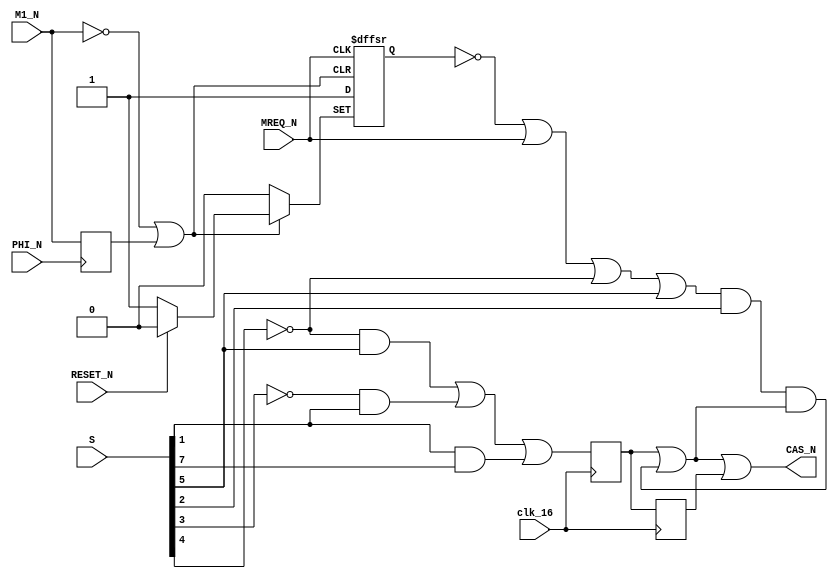
// ====================================================================
//
//  Amstrad CPC Gate Array
//  Based on 40010-simplified_V03.pdf by Gerald
//
//  Copyright (C) 2020 Gyorgy Szombathelyi <gyurco@freemail.hu>
//
//  This program is free software; you can redistribute it and/or modify it
//  under the terms of the GNU General Public License as published by the Free
//  Software Foundation; either version 2 of the License, or (at your option)
//  any later version.
//
//  This program is distributed in the hope that it will be useful, but WITHOUT
//  ANY WARRANTY; without even the implied warranty of MERCHANTABILITY or
//  FITNESS FOR A PARTICULAR PURPOSE.  See the GNU General Public License for
//  more details.
//
//  You should have received a copy of the GNU General Public License along
//  with this program; if not, write to the Free Software Foundation, Inc.,
//  51 Franklin Street, Fifth Floor, Boston, MA 02110-1301 USA.
//
//============================================================================


module casgen (
	input  clk_16,
	input  RESET_N,
	input  M1_N,
	input  PHI_N,
	input  MREQ_N,
	input [7:0] S,

	output CAS_N
);

///// CAS GENERATION /////

reg M1_N_d; // u705;
reg U708;
always @(posedge PHI_N) M1_N_d <= M1_N;
wire m1_n_rise = ~M1_N | M1_N_d; // u707

always @(posedge MREQ_N, negedge RESET_N, negedge m1_n_rise) if (~RESET_N) U708 <= 1; else if (~m1_n_rise) U708 <= 0; else U708 <= 1;

reg S_d1_a; // u706
reg S_d2_a; // u709
always @(posedge clk_16) begin
	S_d1_a <= (~S[4] & S[5]) | (~S[3] & S[1]) | (S[1] & S[7]);
	S_d2_a <= S_d1_a;
end
wire U710 = ~U708 | MREQ_N | ~S[4] | S[5];
/* verilator lint_off UNOPTFLAT */
wire U712 = U710 & S[2] & (S_d1_a | U712);
/* verilator lint_on UNOPTFLAT */
assign CAS_N = U712 | S_d1_a | S_d2_a;

endmodule